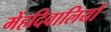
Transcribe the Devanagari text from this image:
मेंहदिवालियों